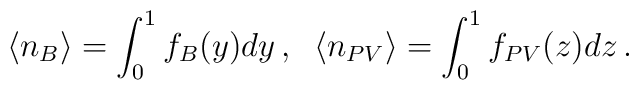
\langle n_B\rangle=\int_0^1f_B(y)dy\,,\;\;\langle n_{PV}\rangle=\int_0^1f_{PV}(z)dz\,.